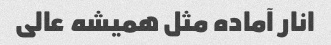
انار آماده مثل همیشه عالی